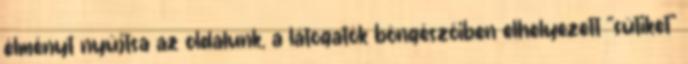
élményt nyújtsa az oldalunk, a látogatók böngészőiben elhelyezett "sütiket"